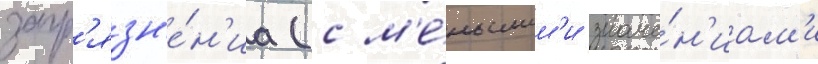
загр'язн'е́н'иа (с м'е́ньшим'и значе́н'иам'и